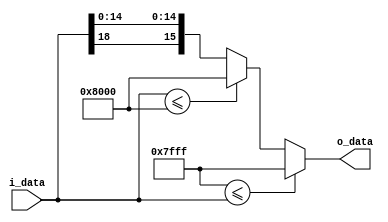
module saturation
#(parameter I=19, O=16)(
input signed [I-1:0] i_data,
output reg signed [O-1:0] o_data);//k is smaller than I_BW

reg signed [O-1:0] max = {1'b0,{(I-O){1'b0}},{(O-1){1'b1}}};//max   
reg signed [O-1:0] min = {1'b1,{(I-O){1'b1}},{(O-1){1'b0}}}; //min
/*
always @(*) begin //{O_BW{1'b1}} fill 1bit until O_BW_bit.
	if(i_data[I-1]==0) begin //positive input
		if({1'b0,{(O-1){1'b1}}}<=i_data) begin // bit   ,   compact design ..
			o_data={1'b0,{(O-1){1'b1}}};
			end
		else begin
			//o_data={i_data[I-1],i_data[O-2:0]};
			o_data={1'b0,i_data[O-2:0]};
			end
		end
	else begin
		if(i_data<={1'b1,{(I-O){1'b1}},{(O-1){1'b0}}}) begin //  bit   ..    .
			//when ALU, it is better meet number of bits. unless that, it don't care over_bit.
			o_data={1'b1,{(O-1){1'b0}}};
			end
		else begin
			//o_data={i_data[I-1],i_data[O-2:0]};
			o_data={1'b1,i_data[O-2:0]};
			end
		end
	end
*/


always @(*) begin //{O_BW{1'b1}} fill 1bit until O_BW_bit.
	if(max<=i_data) begin
		o_data=max;
		end
	else if(i_data<=min) begin
		o_data=min;
		end
	else begin
		o_data={i_data[I-1],i_data[O-2:0]};
		end
	end

endmodule